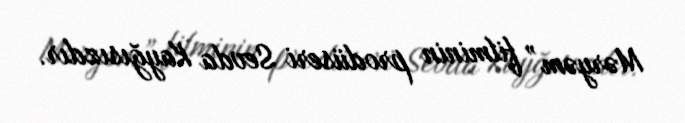
Məryəm” filminin prodüseri Sevda Kayğısızdır.